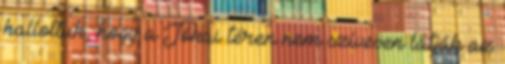
hallottuk, hogy a Jókai téren nem szívesen látják az